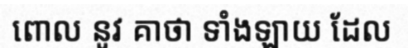
ពោល នូវ គាថា ទាំងឡាយ ដែល